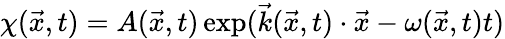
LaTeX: \chi(\vec{x},t)=A(\vec{x},t)\exp(\vec{k}(\vec{x},t)\cdot\vec{x}-\omega(\vec{x},t)t)